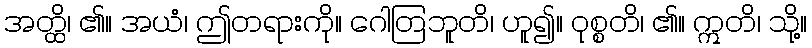
အတ္ထိ၊ ၏။ အယံ၊ ဤတရားကို။ ဂေါတြဘူတိ၊ ဟူ၍။ ဝုစ္စတိ၊ ၏။ ဣတိ၊ သို့။